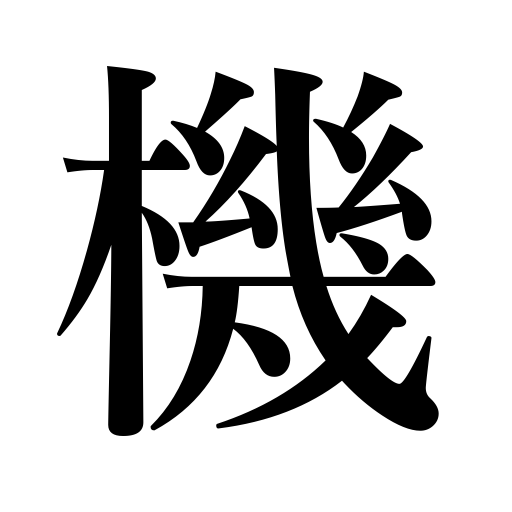
Meanings: loom,time,airplane,occasion,machine,opportunity